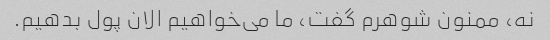
نه، ممنون شوهرم گفت، ما می‌خواهیم الان پول بدهیم.